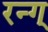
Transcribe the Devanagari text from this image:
रन्ग्